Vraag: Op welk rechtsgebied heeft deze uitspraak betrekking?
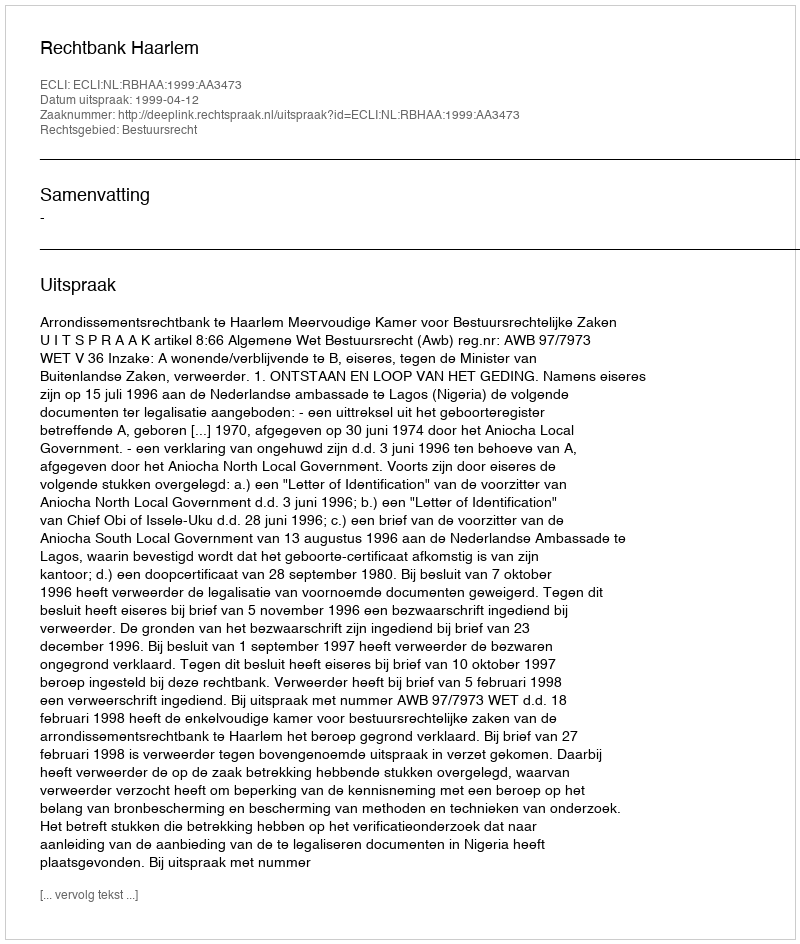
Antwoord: Bestuursrecht